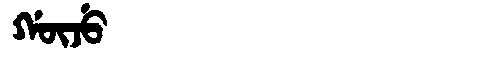
Manchu: ᡤᡡᠵᡠ
Romanization: GŪJU